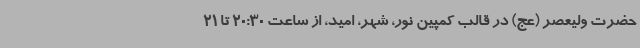
حضرت ولیعصر (عج) در قالب کمپین نور، شهر، امید، از ساعت 20:30 تا 21